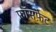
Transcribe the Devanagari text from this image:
फ़ॉसफ़ेट